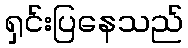
ရှင်းပြနေသည်